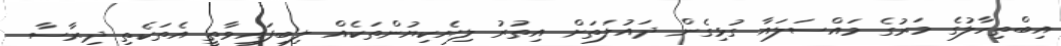
އިބްތިހާލުގެ މަރުގެ މައްސަލައާ ގުޅިގެން ދައުލަތަށް އިތުރު ލިޔެކިޔުންތަކެއް ލިބިފައިވާތީ އެތަކެތި ދިރާސާ